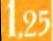
1,25